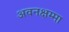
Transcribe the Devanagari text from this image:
अवनक्षम्मा